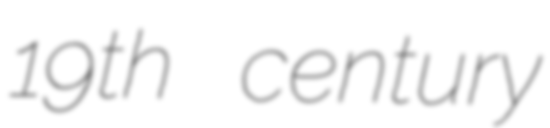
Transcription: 19th century